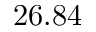
2 6 . 8 4